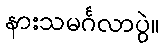
နားသမင်္ဂလာပွဲ။